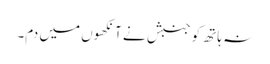
نہ ہاتھ کو جنبش نے آنکھوں میں دم۔